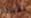
لقيادة